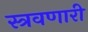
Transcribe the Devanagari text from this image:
स्त्रवणारी